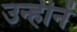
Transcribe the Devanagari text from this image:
उन्हीनें